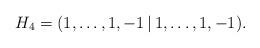
LaTeX: \begin{align*}H_4=(1,\dots,1, -1\,|\, 1,\dots,1, -1).\end{align*}